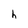
Character: h